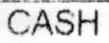
CASH